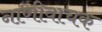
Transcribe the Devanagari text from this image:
नाणीवाचक